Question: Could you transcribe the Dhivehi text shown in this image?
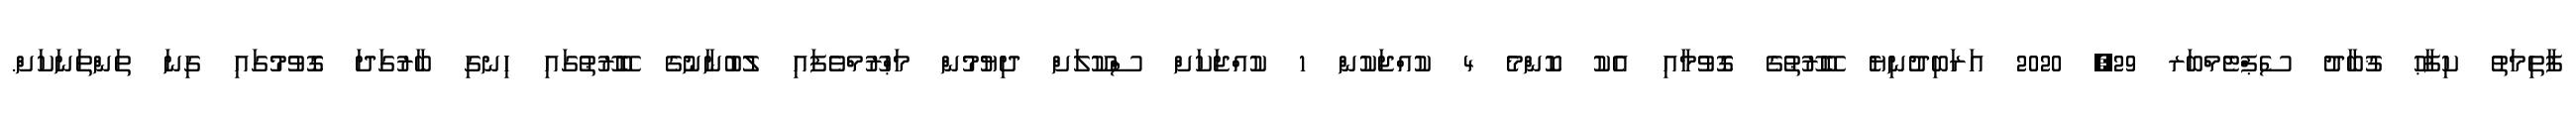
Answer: ފާތިމަތު ކިފާޙު ޤުބާދު ސެޕްޓެމްބަރ 29, 2020 އަރަބިދުނިޔެ ބޭރޫޠުގެ ގޮވުމާއި އެކު ކޮންމެ 4 ކުއްޖަކުން 1 ކުއްޖަކަށް ސްކޫލަށް ދިޔުމުން މަޙްރޫމްވެފައި ލުބުނާނުގެ ބޭރޫޠުގައި ހިނގި ބާރުގަދަ ގޮވުމުގައި ގިނަ ތަންތަނަކަށް.